Report of the Indian Hemp Drugs Commission, 1894-1895 - Volume II
Year: 1894
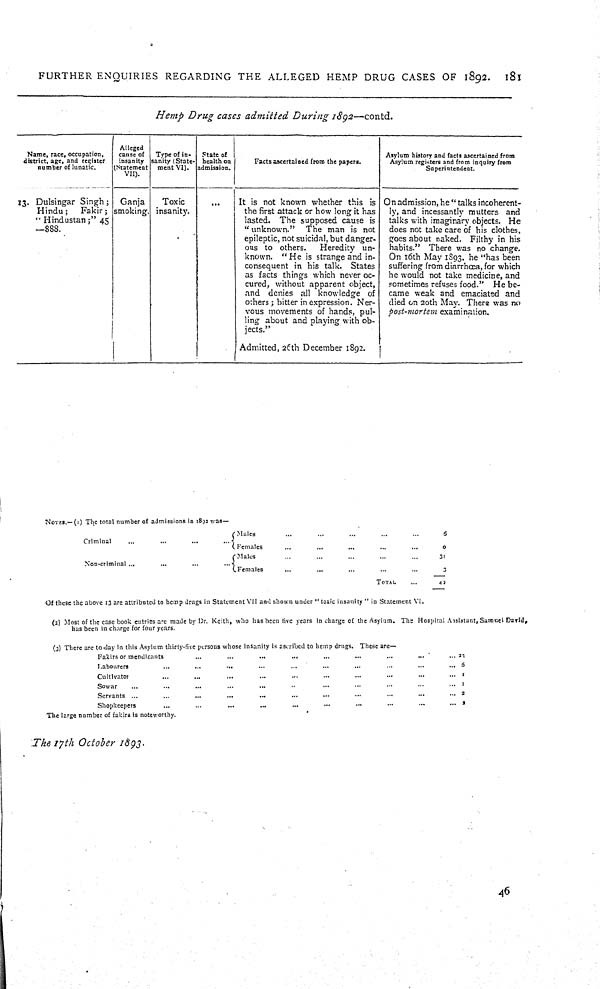
FURTHER ENQUIRIES REGARDING THE ALLEGED HEMP DRUG CASES OF 1892.
181
Hemp Drug cases admitted During 1892—contd.
Name, race, occupation,
district, age, and register
number of lunatic.
Alleged
cause of
insanity
(Statement
VII).
Type of in-
sanity (State-
ment VI).
State of
health on
admission.
Facts ascertained from the papers.
Asylum history and facts ascertained from
Asylum registers and from inquiry from
Superintendent.
13. Dulsingar Singh;
Hindu;
Fakir;
"Hindustan;" 45
—888.
Ganja
smoking.
Toxic
insanity.
It is not known whether this is
the first attack or how long it has
lasted. The supposed cause is
"unknown."
The man is not
epileptic, not suicidal, but danger-
ous to others.
Heredity un-
known. "He is strange and in-
consequent in his talk. States
as facts things which never oc-
cured, without apparent object,
and denies all knowledge of
others; bitter in expression. Ner-
vous movements of hands, pul-
ling about and playing with ob-
jects."
Admitted, 26th December 1892.
On admission, he "talks incoherent-
ly, and incessantly mutters and
talks with imaginary objects. He
does not take care of his clothes,
goes about naked. Filthy in his
habits." There was no change.
On 16th May 1893. he "has been
suffering from diarrhœa, for which
he would not take medicine, and
sometimes refuses food." He be-
came weak and emaciated and
died on 20th May. There was no
post-mortem examination.
NOTES.—(1) The total number of admissions in 1832 was—
Males
6
Criminal
Females
0
Males
31
Non-criminal
Females
3
TOTAL
40
Of these the above 13 arc attributed to hemp drugs in Statement VII and shown under "toxic insanity" in Statement VI.
(2) Most of the case book entries arc made by Dr. Keith, who has been live years in charge of the Asylum. The Hospital Assistant, Samuel David,
has been in charge for four years.
(3) There arc to day in this Asylum thirty-five persons whose insanity is ascribed to hemp drugs. These are—
Fakirs or mendicants
23
Labourers
6
Cultivator
1
Sowar
1
Servants
2
Shopkeepers
2
The large number of fakirs is noteworthy.
The 17th October 1893.
46